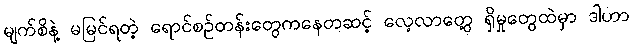
မျက်စိနဲ့ မမြင်ရတဲ့ ရောင်စဉ်တန်းတွေကနေတဆင့် လေ့လာတွေ့ ရှိမှုတွေထဲမှာ ဒါဟာ